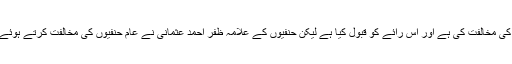
اب مالکیوں اور اکثرحنفیوں نے احادیث کی مخالفت کی ہے اور اس رائے کو قبول کیا ہے لیکن حنفیوں کے علامہ ظفر احمد عثمانی نے عام حنفیوں کی مخالفت کرتے ہوئے اعلاء السنن میں اسے مستحب لکھا ہے۔